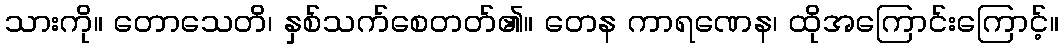
သားကို။ တောသေတိ၊ နှစ်သက်စေတတ်၏။ တေန ကာရဏေန၊ ထိုအကြောင်းကြောင့်။